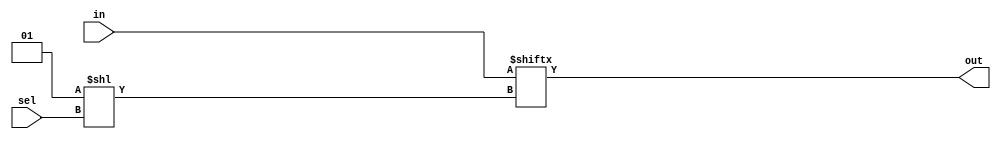
module top_module(
    input [255:0] in,
    input [7:0] sel,
    output out);

    wire [255:0] sel_mask = 1 << sel;
    assign out = in[sel_mask];

endmodule